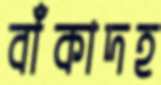
বাঁকাদহ